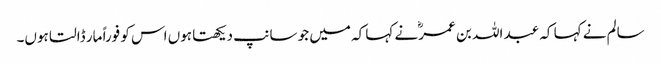
سالم نے کہا کہ عبد اللہ بن عمرؓ نے کہا کہ میں جو سانپ دیکھتا ہوں اس کو فوراً مار ڈالتا ہوں۔